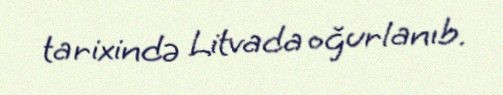
tarixində Litvada oğurlanıb.